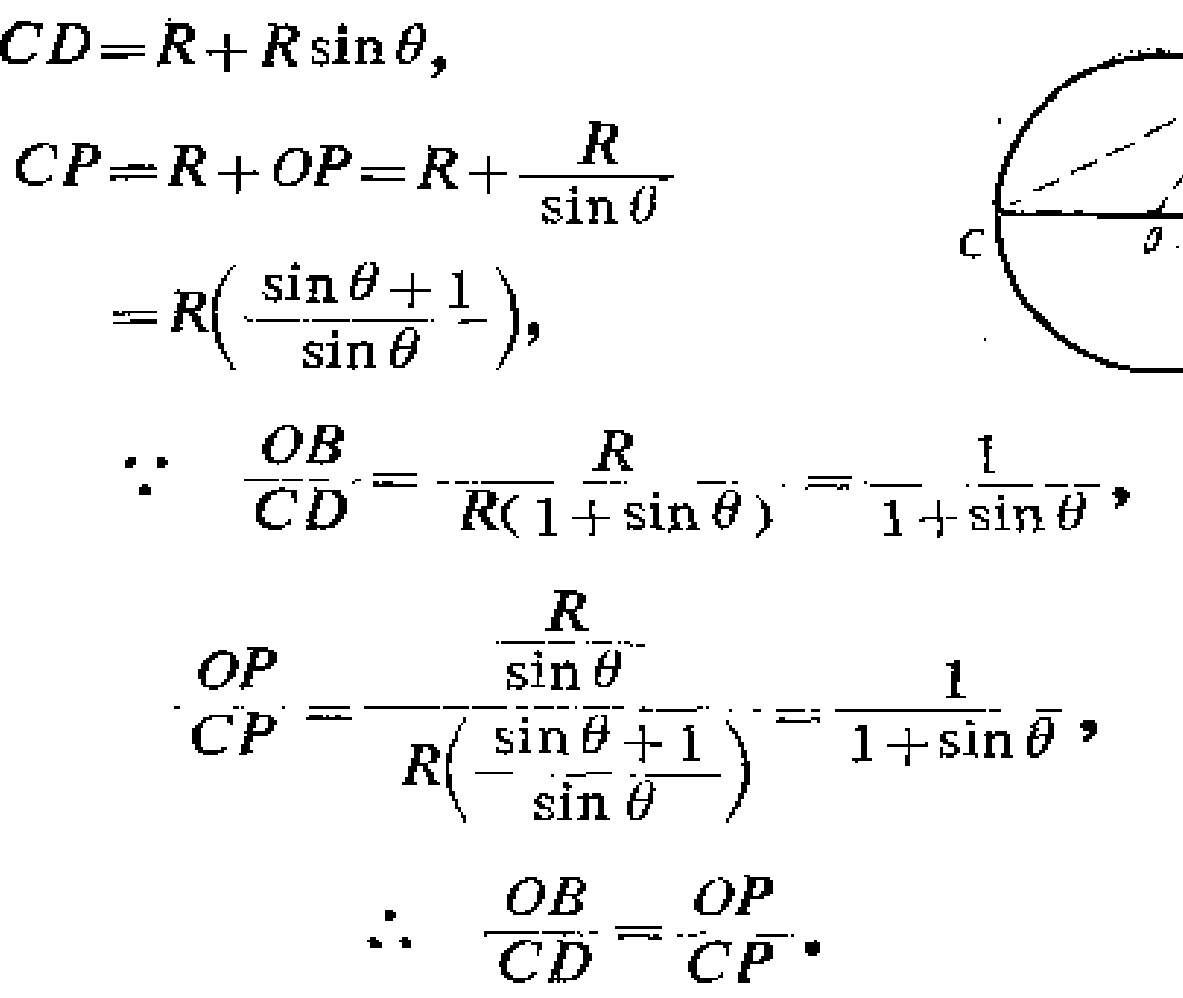
\[
\begin{align*}
CD&=R + R\sin\theta,\\
CP&=R + OP=R+\frac{R}{\sin\theta}\\
&=R\left(\frac{\sin\theta + 1}{\sin\theta}\right),\\
\because\quad\frac{OB}{CD}&=\frac{R}{R(1 + \sin\theta)}=\frac{1}{1+\sin\theta},\\
\frac{OP}{CP}&=\frac{\frac{R}{\sin\theta}}{R\left(\frac{\sin\theta + 1}{\sin\theta}\right)}=\frac{1}{1+\sin\theta},\\
\therefore\quad\frac{OB}{CD}&=\frac{OP}{CP}.
\end{align*}
\]